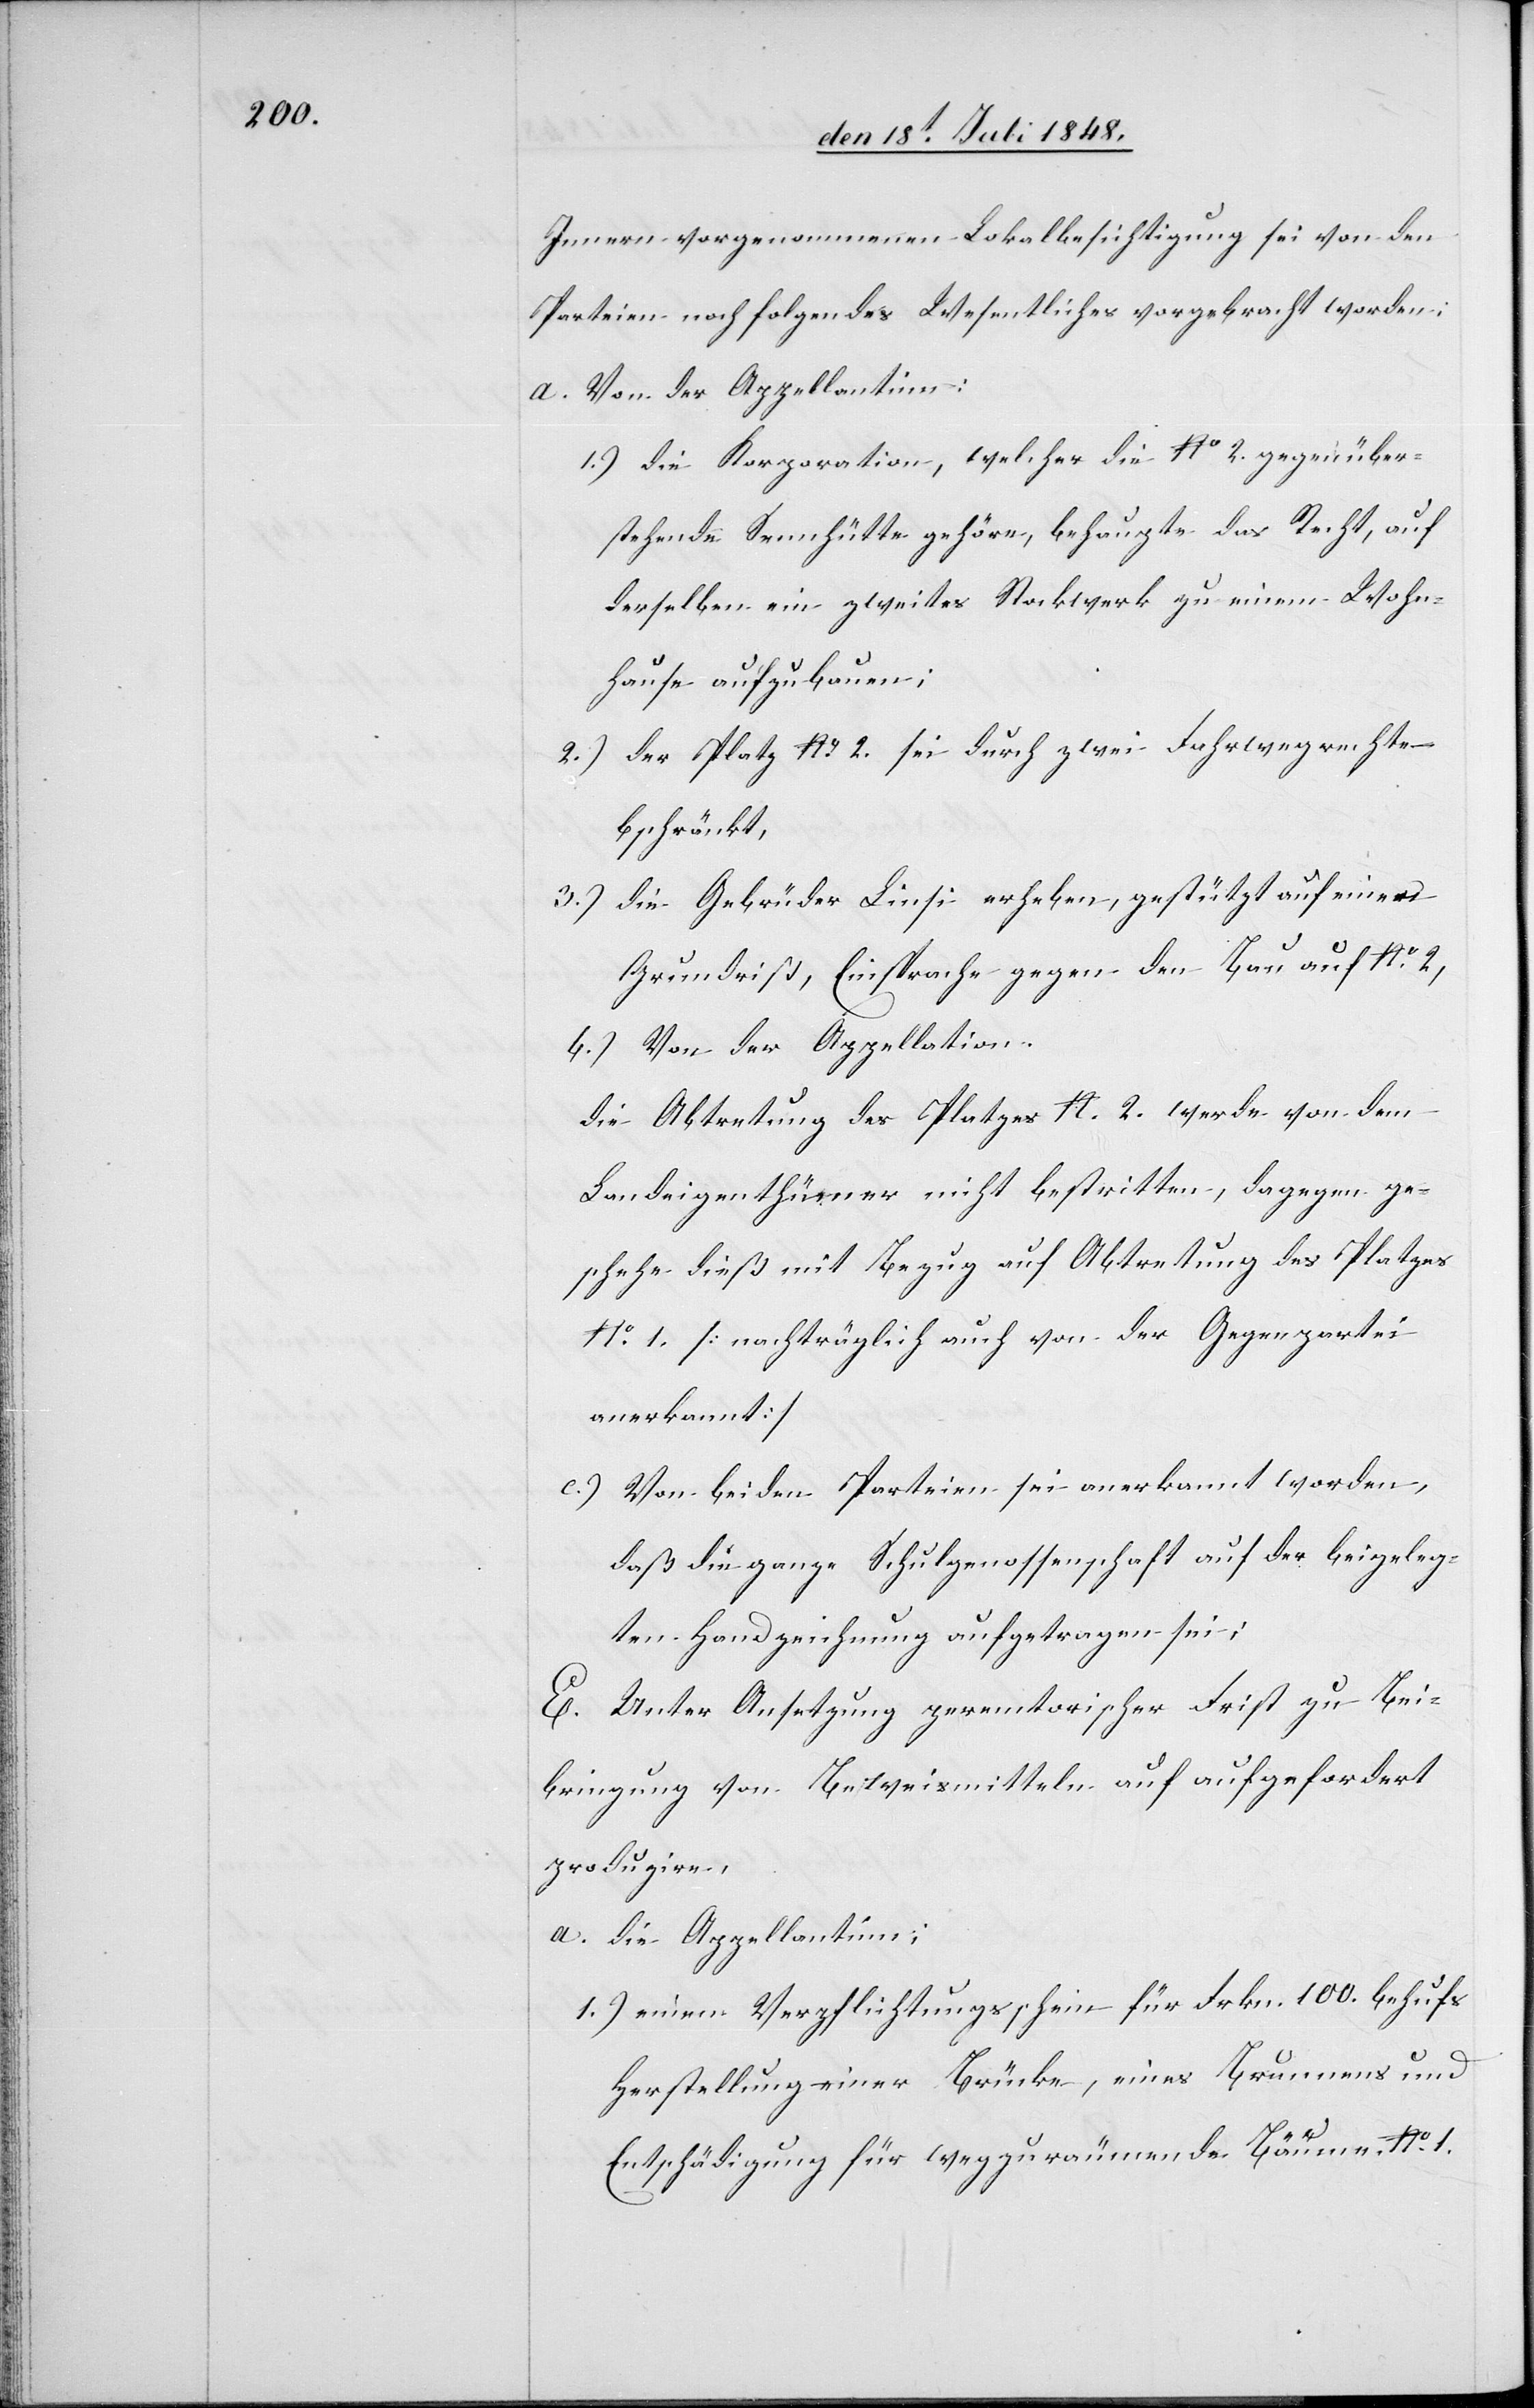
Innern vorgenommenen Lokalbesichtigung sei von den
Parteien noch folgendes Wesentliches vorgebracht worden:
a. Von der Appellantinn:
1.) die Korporation, welcher die No 2. gegenüber¬
stehende Sennhütte gehöre, behaupte das Recht, auf
derselben ein zweites Stockwerk zu einem Wohn¬
hause aufzubauen;
2.) der Platz No 2. sei durch zwei Fahrwegerechte
beschränkt,
3.) die Gebrüder Linsi erheben, gestützt auf einen
Grundriß, Einsprache gegen den Bau auf No 2,
b.) Von der Appellatinn.
die Abtretung des Platzes N. 2. werde von dem
Landeigenthümer nicht bestritten, dagegen ge¬
schehe dieß mit Bezug auf Abtretung des Platzes
No 1. [nachträglich auch von der Gegenpartei
anerkannt]
c.) Von beiden Parteien sei anerkannt worden,
daß die ganze Schulgenossenschaft auf der beigeleg¬
ten Handzeichnung aufgetragen sei;
E. Unter Ansetzung peremtorischer Frist zu Bei¬
bringung von Beweismitteln auf aufgefordert
produzire,
a. die Appellantinn:
1.) einem Verpflichtungsschein für Frkn. 100. behufs
Herstellung einer Brücke, eines Brunnens und
Entschädigung für wegzuräumende Bäume. No 1.